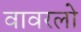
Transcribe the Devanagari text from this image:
वावरलो